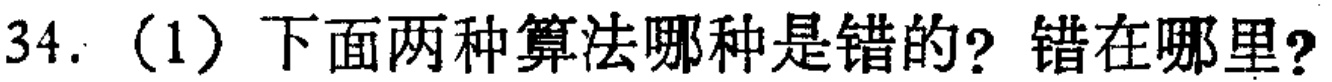
34.（1）下面两种算法哪种是错的？错在哪里？